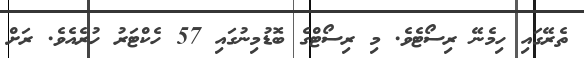
ތެރޭގައި ހިމެނޭ ރިސޯޓެވެ. މި ރިސޯޓްގެ ބޮޑުމިނުގައި 57 ހެކްޓަރު ހުރެއެވެ. ރަށް